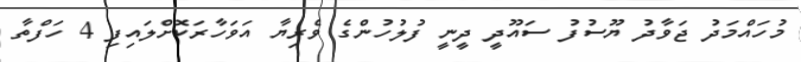
މުހައްމަދު ޖަވާދު ޔޫސުފު ސައޫދީ ދީނީ ފުލުހުންގެ ވެރިޔާ އަވަހާރަކޮށްލައިފި 4 ހަފްތާ